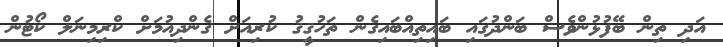
އަދި ތިން ބޭފުޅުންވެސް ބަންދުގައި ބައިތިއްބައިގެން ތަހުޤީޤު ކުރިއަށް ގެންދިއުމަށް ކްރިމިނަލް ކޯޓުން